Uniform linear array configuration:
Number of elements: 12
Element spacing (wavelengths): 0.5
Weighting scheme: binomial
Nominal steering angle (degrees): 15
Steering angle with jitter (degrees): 13.085
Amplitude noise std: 0.05
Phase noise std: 0.05

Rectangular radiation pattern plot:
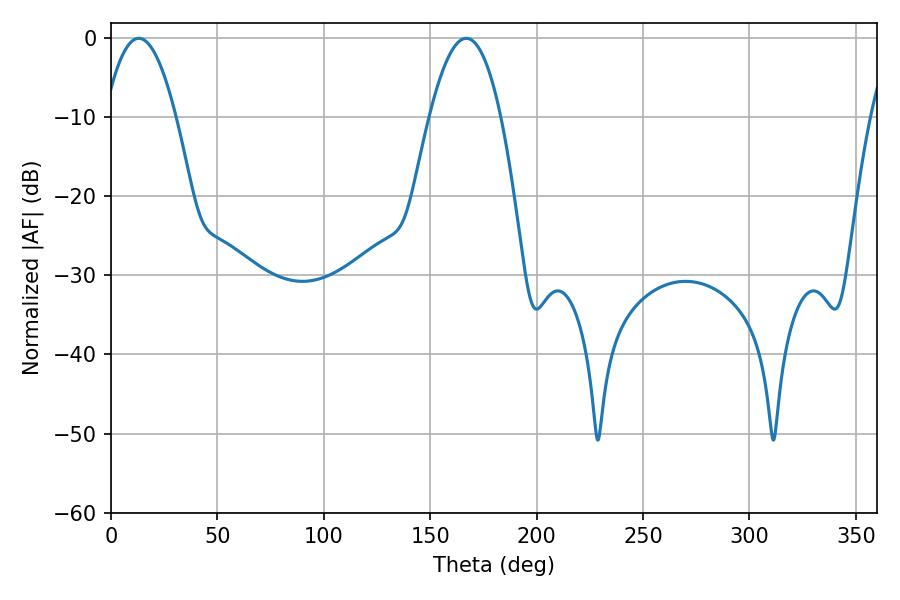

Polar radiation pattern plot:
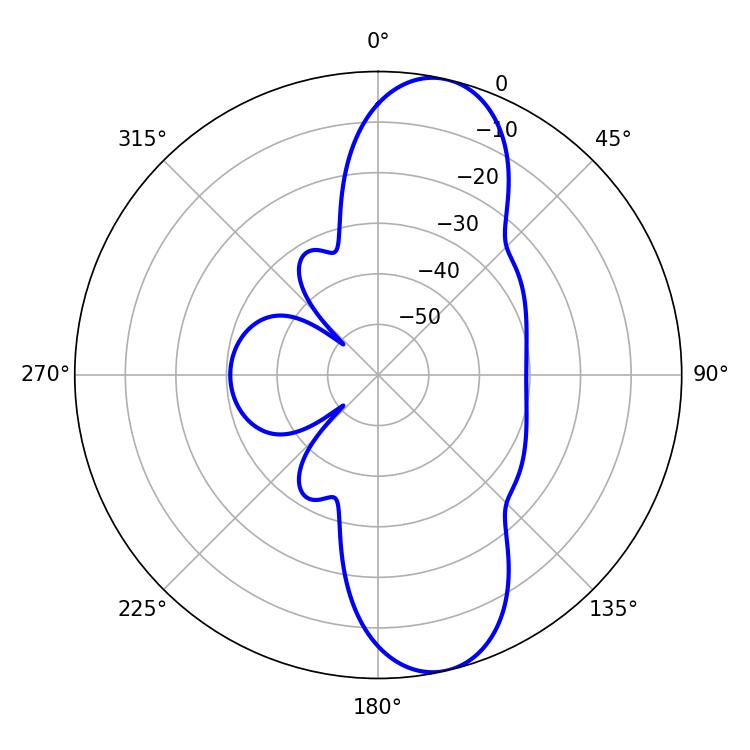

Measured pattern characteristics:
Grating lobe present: FALSE
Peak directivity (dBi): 10.929
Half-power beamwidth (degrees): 18.36
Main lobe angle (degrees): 13.14